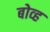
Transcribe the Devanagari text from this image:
बोव्ह